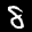
Label: 8